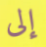
إلى